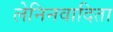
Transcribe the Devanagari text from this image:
लेनिनवादिता